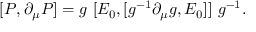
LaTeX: [ P , \partial _ { \mu } P ] = g \ [ E _ { 0 } , [ g ^ { - 1 } \partial _ { \mu } g , E _ { 0 } ] ] \ g ^ { - 1 } .